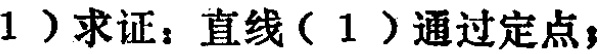
1）求证：直线（1）通过定点；